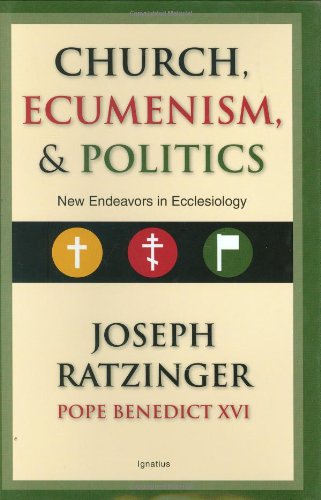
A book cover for Church, Ecumenism and Politics: New Endeavors in Ecclesiology; Joseph Ratzinger (Pope Benedict XVI); Christian Books & Bibles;